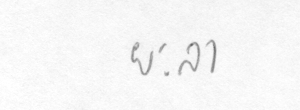
ยะลา